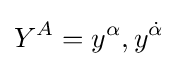
Y^{A}=y^{\alpha },y^{\dot {\alpha }}